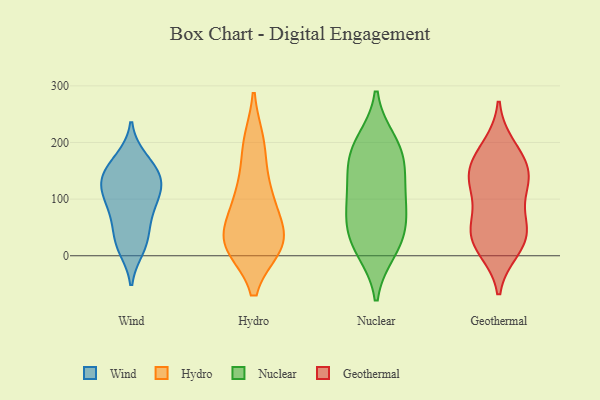
{"axis": {"x": "Customer Acquisition Cost (USD)", "y": "Value"}, "legend": ["Geothermal", "Hydro", "Nuclear", "Wind"], "data": [{"x": "", "y": 24, "type": "Wind"}, {"x": "", "y": 66, "type": "Wind"}, {"x": "", "y": 104, "type": "Wind"}, {"x": "", "y": 99, "type": "Wind"}, {"x": "", "y": 134, "type": "Wind"}, {"x": "", "y": 21, "type": "Wind"}, {"x": "", "y": 150, "type": "Wind"}, {"x": "", "y": 127, "type": "Wind"}, {"x": "", "y": 13, "type": "Wind"}, {"x": "", "y": 171, "type": "Wind"}, {"x": "", "y": 92, "type": "Wind"}, {"x": "", "y": 166, "type": "Wind"}, {"x": "", "y": 131, "type": "Wind"}, {"x": "", "y": 58, "type": "Wind"}, {"x": "", "y": 133, "type": "Wind"}, {"x": "", "y": 40, "type": "Hydro"}, {"x": "", "y": 91, "type": "Hydro"}, {"x": "", "y": 193, "type": "Hydro"}, {"x": "", "y": 21, "type": "Hydro"}, {"x": "", "y": 117, "type": "Hydro"}, {"x": "", "y": 19, "type": "Hydro"}, {"x": "", "y": 21, "type": "Hydro"}, {"x": "", "y": 26, "type": "Hydro"}, {"x": "", "y": 104, "type": "Hydro"}, {"x": "", "y": 198, "type": "Hydro"}, {"x": "", "y": 24, "type": "Hydro"}, {"x": "", "y": 11, "type": "Nuclear"}, {"x": "", "y": 172, "type": "Nuclear"}, {"x": "", "y": 190, "type": "Nuclear"}, {"x": "", "y": 19, "type": "Nuclear"}, {"x": "", "y": 200, "type": "Nuclear"}, {"x": "", "y": 42, "type": "Nuclear"}, {"x": "", "y": 92, "type": "Nuclear"}, {"x": "", "y": 54, "type": "Nuclear"}, {"x": "", "y": 159, "type": "Nuclear"}, {"x": "", "y": 96, "type": "Nuclear"}, {"x": "", "y": 121, "type": "Nuclear"}, {"x": "", "y": 135, "type": "Geothermal"}, {"x": "", "y": 133, "type": "Geothermal"}, {"x": "", "y": 176, "type": "Geothermal"}, {"x": "", "y": 12, "type": "Geothermal"}, {"x": "", "y": 33, "type": "Geothermal"}, {"x": "", "y": 46, "type": "Geothermal"}, {"x": "", "y": 161, "type": "Geothermal"}, {"x": "", "y": 65, "type": "Geothermal"}, {"x": "", "y": 48, "type": "Geothermal"}, {"x": "", "y": 135, "type": "Geothermal"}, {"x": "", "y": 192, "type": "Geothermal"}, {"x": "", "y": 17, "type": "Geothermal"}, {"x": "", "y": 119, "type": "Geothermal"}]}